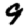
Digit: 9